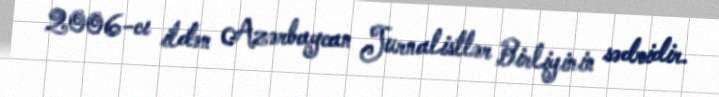
2006-cı ildən Azərbaycan Jurnalistlər Birliyinin sədridir.